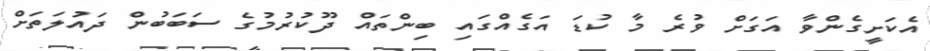
އެކަށީގެންވާ އަގަށް ވުރެ މާ ކުޑަ އަގެއްގައި ބިންތައް ދޫކުރުމުގެ ސަބަބުން ދައުލަތަށް